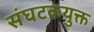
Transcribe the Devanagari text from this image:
संघटकयुक्त